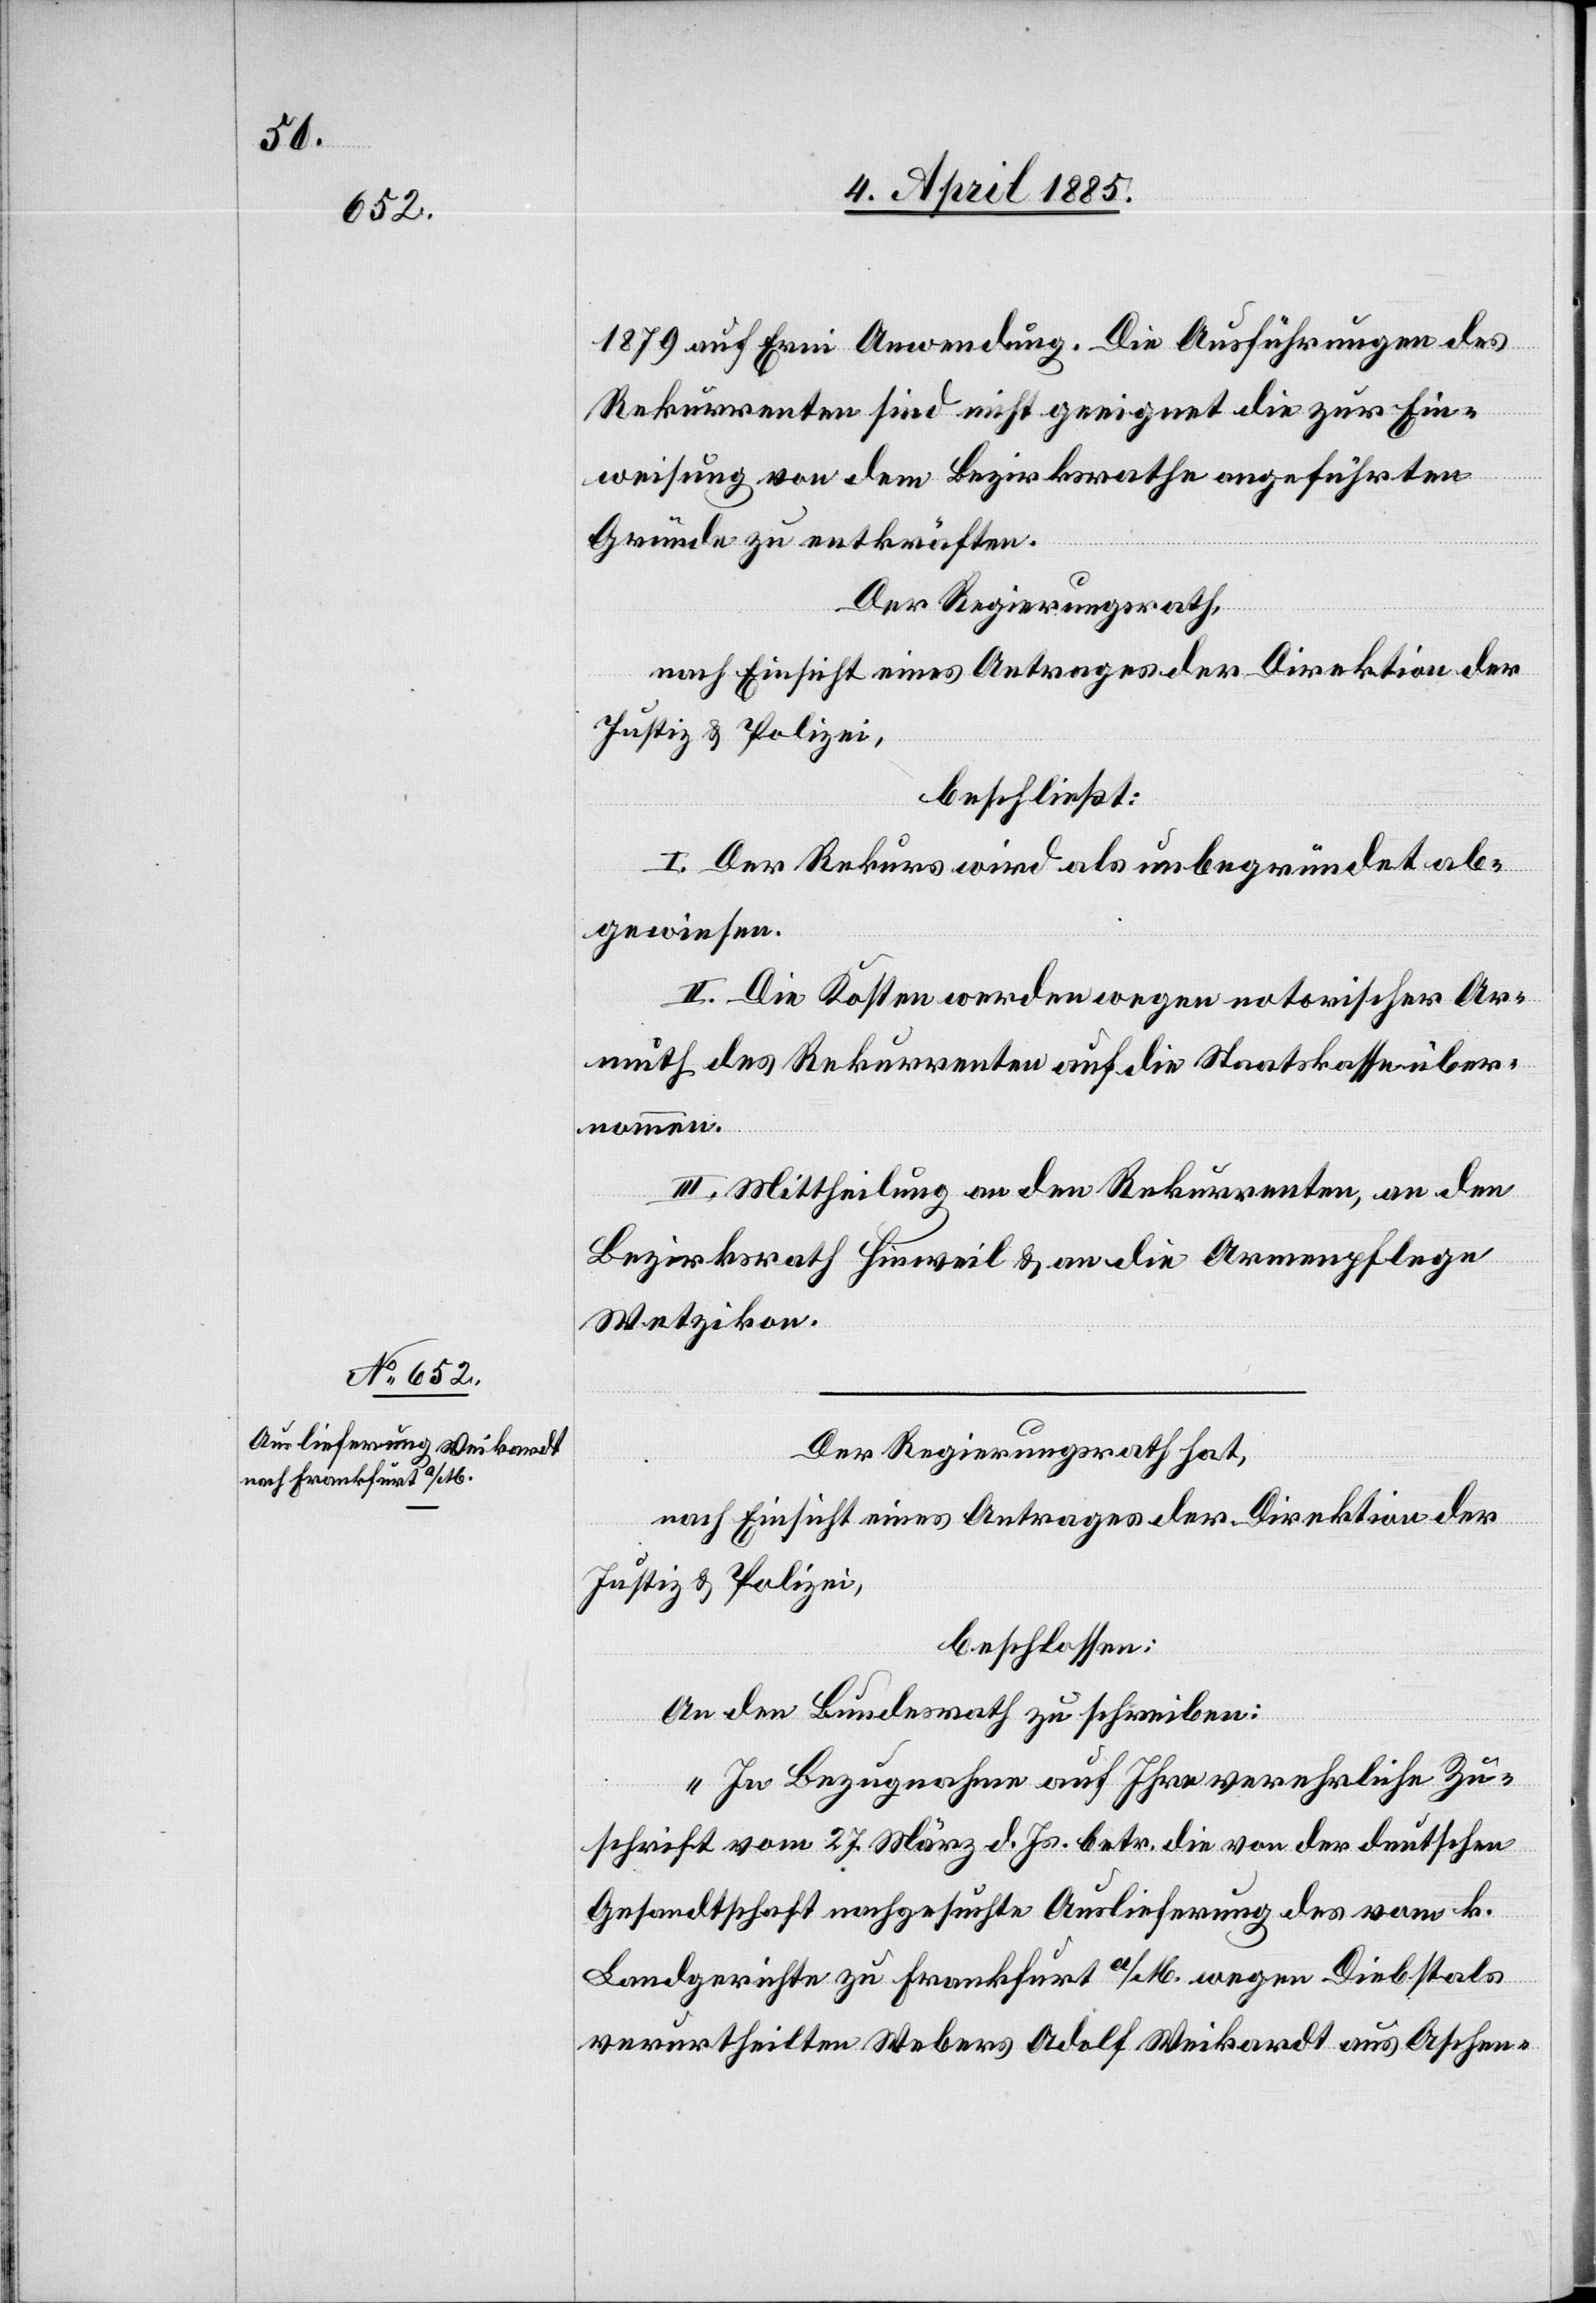
1879 auf Erni Anwendung. Die Ausführungen des
Rekurrenten sind nicht geeignet die zur Ein¬
weisung von dem Bezirksrathe angeführten
Gründe zu entkräften.
Der Regierungsrath,
nach Einsicht eines Antrages der Direktion der
Justiz & Polizei,
beschließt:
I. Der Rekurs wird als unbegründet ab¬
gewiesen.
II. Die Kosten werden wegen notorischer Ar¬
muth des Rekurrenten auf die Staatskasse über¬
nommen.
III. Mittheilung an den Rekurrenten, an den
Bezirksrath Hinweil & an die Armenpflege
Wetzikon.
Der Regierungsrath hat,
nach Einsicht eines Antrages der Direktion der
Justiz & Polizei,
beschlossen:
An den Bundesrath zu schreiben:
„In Bezugnahme auf Ihre verehrliche Zu¬
schrift vom 27, März d. Js. betr. die von der deutschen
Gesandtschaft nachgesuchte Auslieferung des vom k.
Landgerichte zu Frankfurt a/M. wegen Diebstals
verurtheilten Webers Adolf Weikardt aus Aschen-